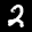
Label: 2